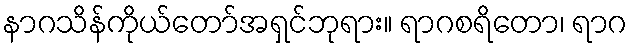
နာဂသိန်ကိုယ်တော်အရှင်ဘုရား။ ရာဂစရိတော၊ ရာဂ